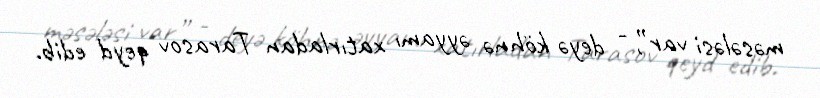
məsələsi var”, - deyə köhnə əyyamı xatırladan Tarasov qeyd edib.